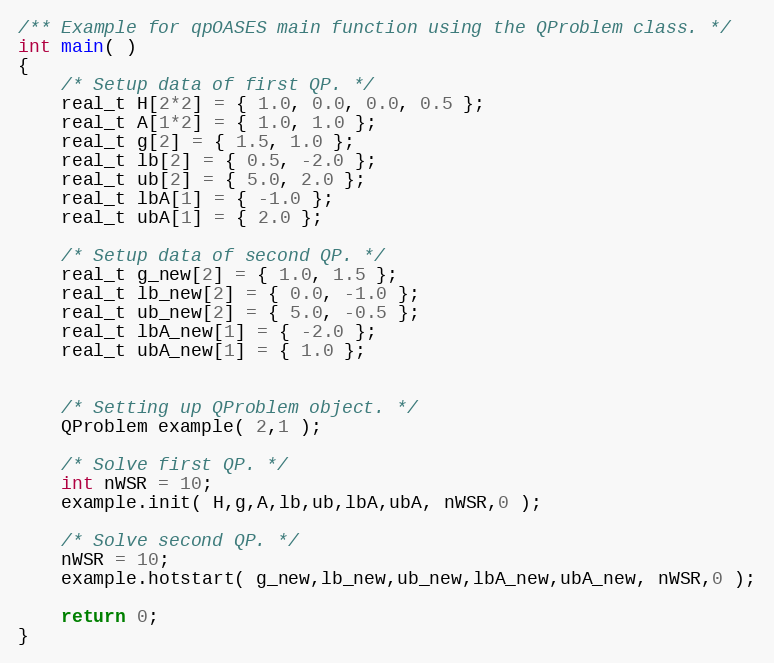
Language: C++
/** Example for qpOASES main function using the QProblem class. */
int main( )
{
	/* Setup data of first QP. */
	real_t H[2*2] = { 1.0, 0.0, 0.0, 0.5 };
	real_t A[1*2] = { 1.0, 1.0 };
	real_t g[2] = { 1.5, 1.0 };
	real_t lb[2] = { 0.5, -2.0 };
	real_t ub[2] = { 5.0, 2.0 };
	real_t lbA[1] = { -1.0 };
	real_t ubA[1] = { 2.0 };

	/* Setup data of second QP. */
	real_t g_new[2] = { 1.0, 1.5 };
	real_t lb_new[2] = { 0.0, -1.0 };
	real_t ub_new[2] = { 5.0, -0.5 };
	real_t lbA_new[1] = { -2.0 };
	real_t ubA_new[1] = { 1.0 };

	/* Setting up QProblem object. */
	QProblem example( 2,1 );

	/* Solve first QP. */
	int nWSR = 10;
	example.init( H,g,A,lb,ub,lbA,ubA, nWSR,0 );

	/* Solve second QP. */
	nWSR = 10;
	example.hotstart( g_new,lb_new,ub_new,lbA_new,ubA_new, nWSR,0 );

	return 0;
}